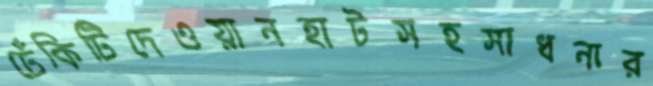
ঢেঁকিটিদেওয়ানহাটসহসাধনার